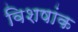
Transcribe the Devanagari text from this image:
विशषांक